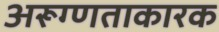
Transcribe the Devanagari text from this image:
अरूग्णताकारक